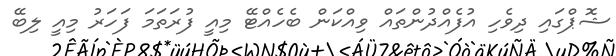
ޝޮޕްގައި ދިވެހި އުފެއްދުންތައް ވިއްކަން ބެހެއްޓޭ މިއީ ފުރަތަމަ ފަހަރު މިއީ ލިބޭ